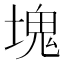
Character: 塊